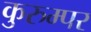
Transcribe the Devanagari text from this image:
कुरुम्पर